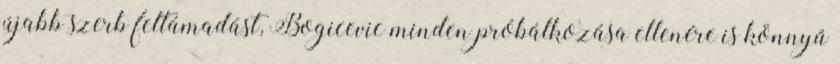
újabb szerb feltámadást, Bogicevic minden próbálkozása ellenére is könnyű